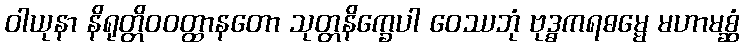
ဝါယုနာ နိရုတ္တိဝဝတ္ထာနတော သုတ္တနိက္ခေပါ ဝေဿဘုံ ဗုဒ္ဓကရဓမ္မေ မဟာမစ္ဆံ